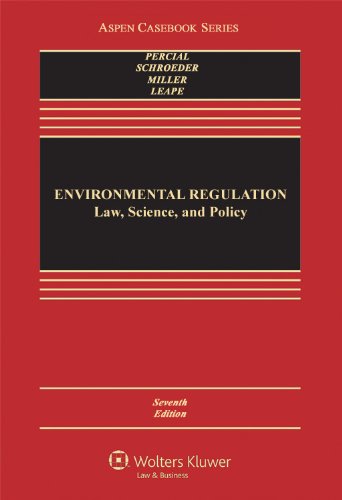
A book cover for Environmental Regulation: Law, Science, and Policy, Seventh Edition (Aspen Casebook); Robert V. Percival; Law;